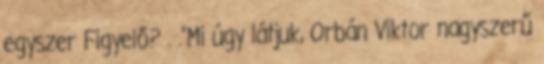
egyszer Figyelő? . .”Mi úgy látjuk, Orbán Viktor nagyszerű